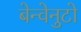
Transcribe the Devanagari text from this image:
बेन्वेनुटो